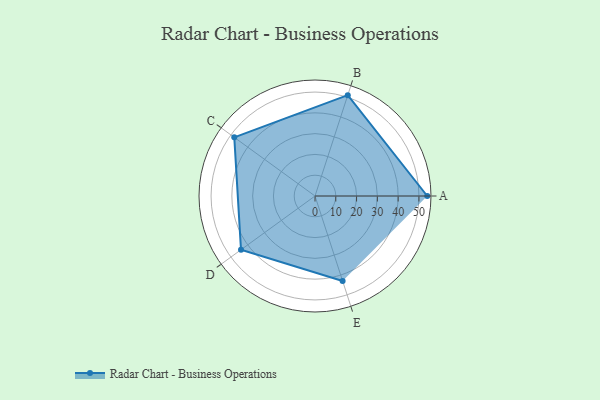
{"axis": {"x": "Skill", "y": "Score"}, "legend": ["Profile"], "data": [{"x": "A", "y": 54.0, "type": "Profile"}, {"x": "B", "y": 51.0, "type": "Profile"}, {"x": "C", "y": 48.0, "type": "Profile"}, {"x": "D", "y": 44.0, "type": "Profile"}, {"x": "E", "y": 43.0, "type": "Profile"}]}